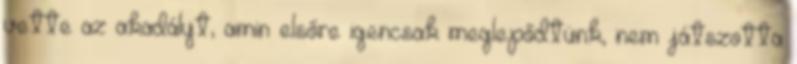
vette az akadályt, amin elsőre igencsak meglepődtünk, nem játszotta